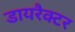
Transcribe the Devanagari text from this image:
डायरैक्टर